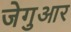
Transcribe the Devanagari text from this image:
जेगुआर